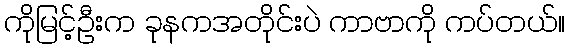
ကိုမြင့်ဦးက ခုနကအတိုင်းပဲ ကာဗာကို ကပ်တယ်။